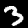
Label: 3